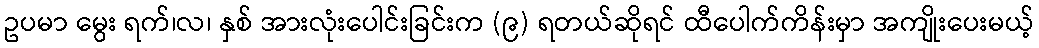
ဥပမာ မွေး ရက်၊လ၊ နှစ် အားလုံးပေါင်းခြင်းက (၉) ရတယ်ဆိုရင် ထီပေါက်ကိန်းမှာ အကျိုးပေးမယ့်